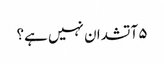
۵ آتشدان نہیں ہے؟